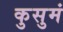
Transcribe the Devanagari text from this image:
कुसुमं